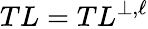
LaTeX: TL=TL^{\perp,\ell}